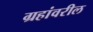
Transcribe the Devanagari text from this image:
ग्रहांवरील